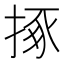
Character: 㧻